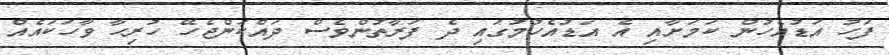
ފަހު އަޑުއެހުން ކަމަށާއި އެ އަޑުއެހުމުގައި ދެ ފަރާތުންވެސް ދައްކަންޖެހޭ ހުރިހާ ވާހަކައެއް